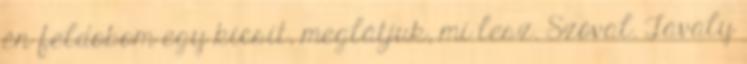
én feldobom egy kicsit, meglátjuk, mi lesz. Szóval. Tavaly